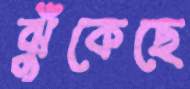
ঝুঁকেছে